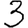
Digit: 3